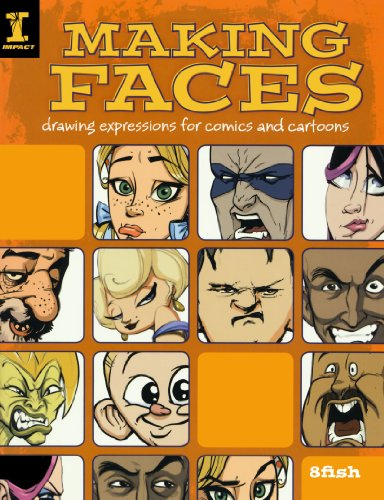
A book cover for Making Faces: Drawing Expressions For Comics And Cartoons; 8fish; Comics & Graphic Novels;